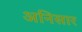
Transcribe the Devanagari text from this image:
अनिसार